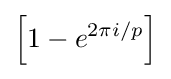
\left[1-e^{2\pi i/p}\right]